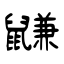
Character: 鼸